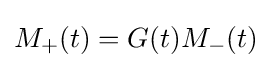
M_{+}(t)=G(t)M_{-}(t)